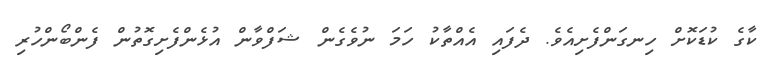
ކާގެ ކުޑަކޮށް ހިނގަންފެށިއެވެ. ދެފައި އެއްތާކު ހަމަ ނުވެގެން ޝަފްވާން އުޅެންފެށިގޮތުން ފެންބޯންހުރި